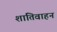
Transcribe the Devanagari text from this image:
शांतिवाहन